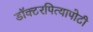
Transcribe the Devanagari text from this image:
डॉक्टरपित्यापोटी